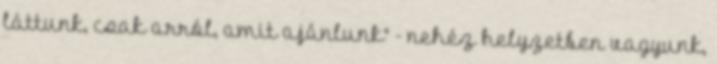
láttunk, csak arról, amit ajánlunk" - nehéz helyzetben vagyunk,